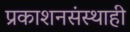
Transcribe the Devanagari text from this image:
प्रकाशनसंस्थाही